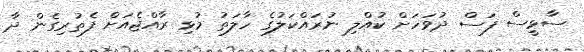
ސާޅީސް ފަސް ދުވަހަށް ކުއްލި ނުރައްކަލުގެ ހާލަތު މުޅި ރާއްޖެއަށް ފެތުރިގެން ދާ